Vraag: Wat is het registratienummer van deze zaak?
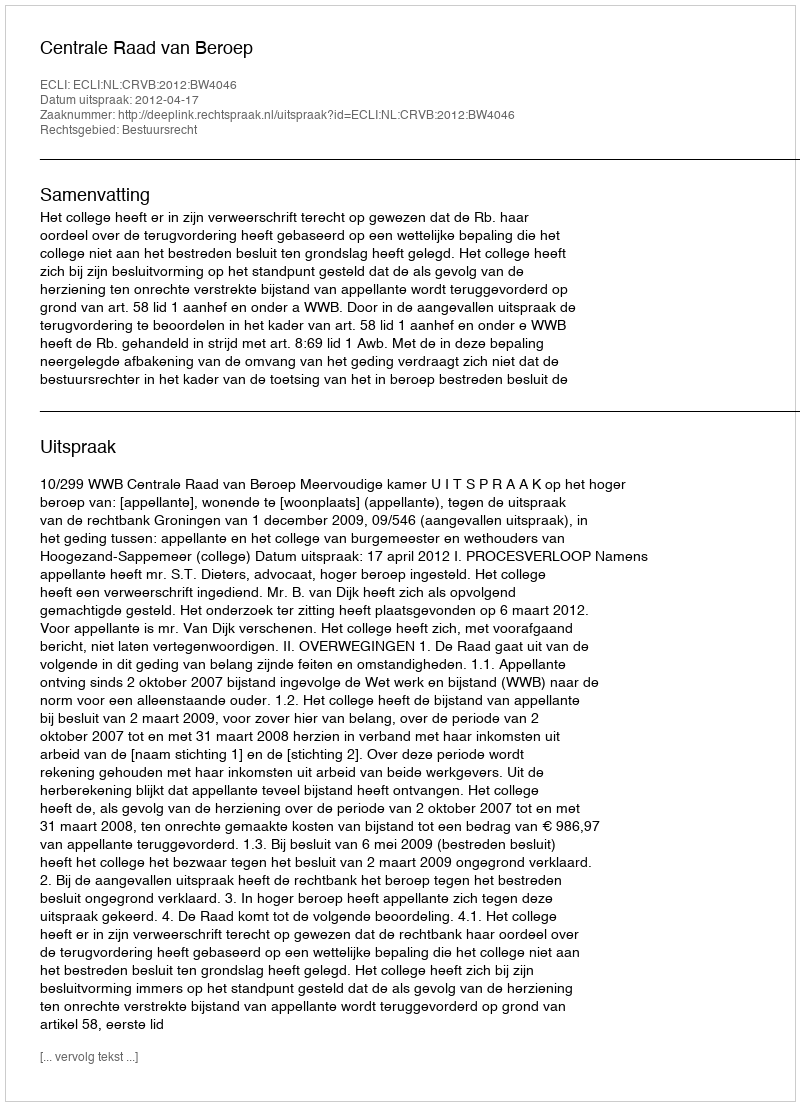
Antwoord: http://deeplink.rechtspraak.nl/uitspraak?id=ECLI:NL:CRVB:2012:BW4046